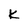
Character: K